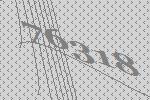
76318